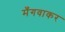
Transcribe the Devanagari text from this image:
मँगवाकर